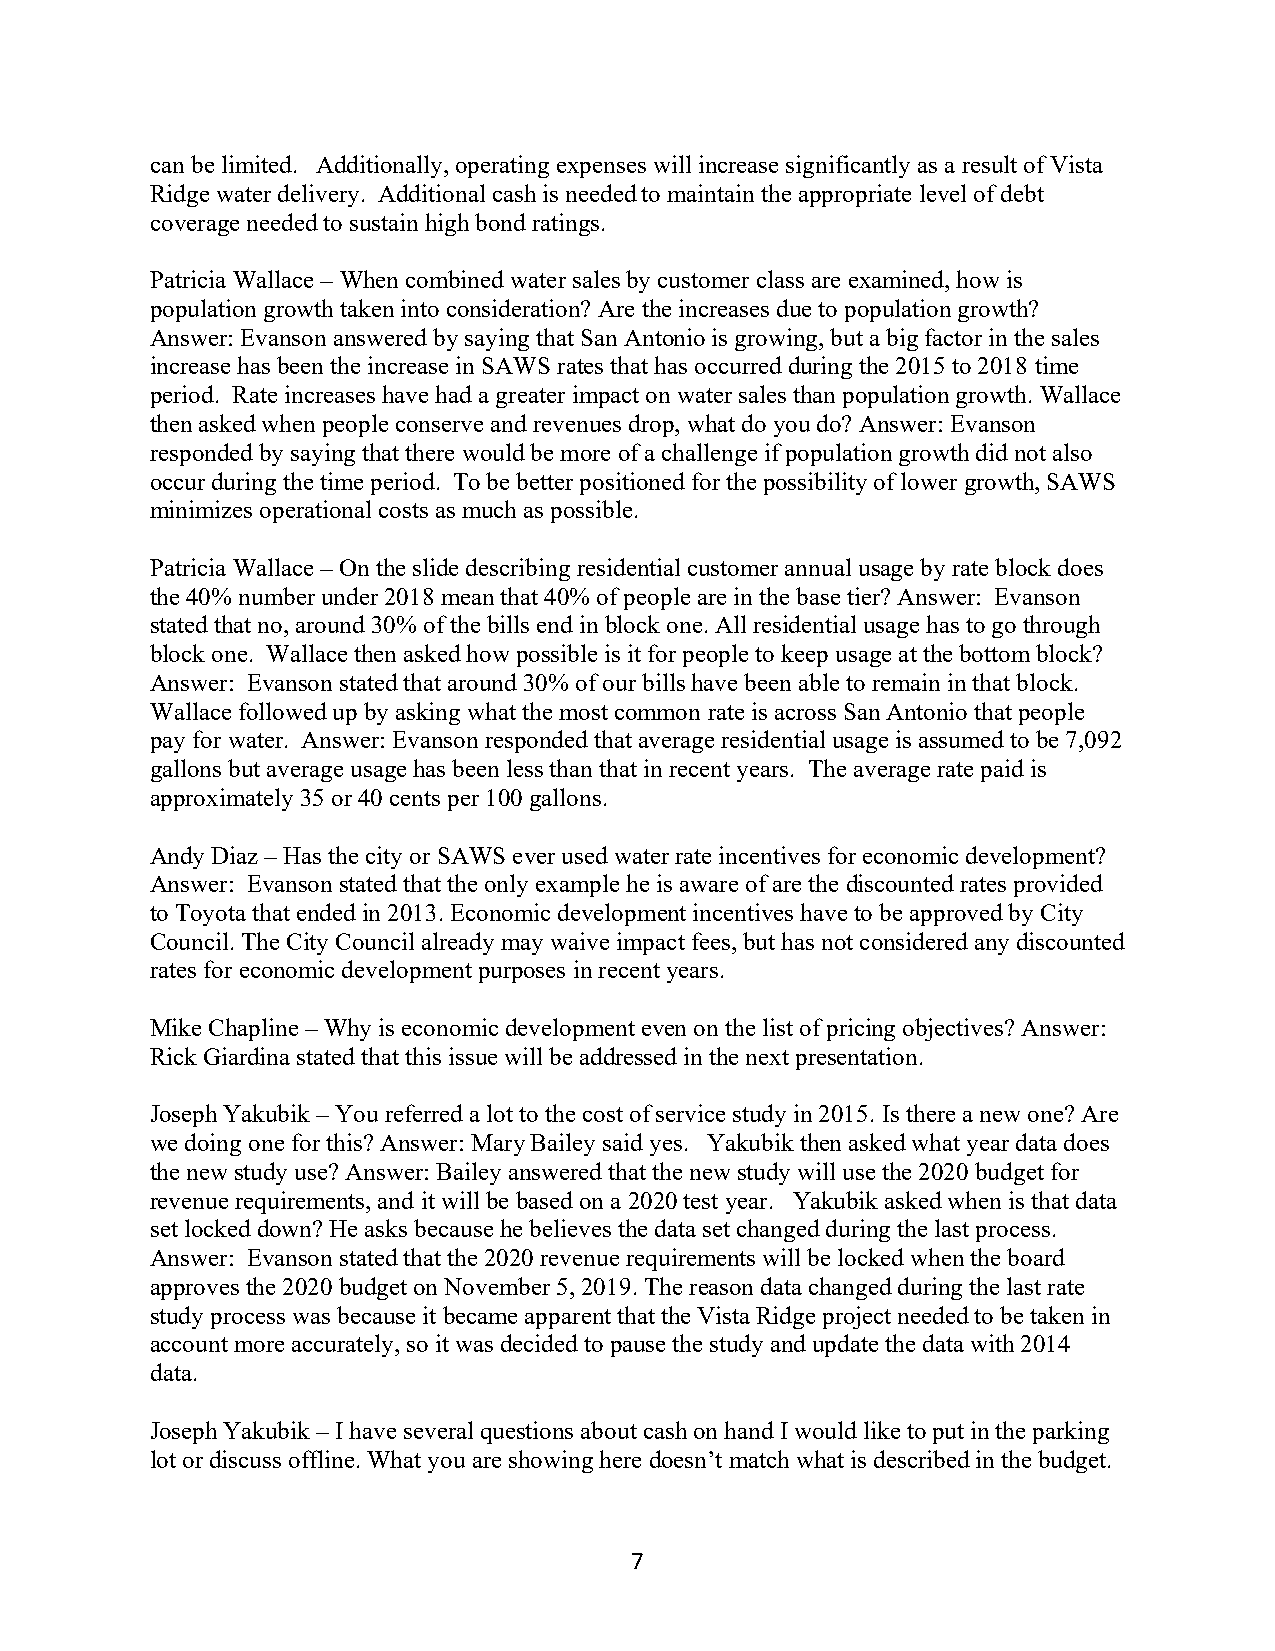
can be limited. Additionally, operating expenses will increase significantly as a result of Vista
 Ridge water delivery. Additional cash is needed to maintain the appropriate level of debt
 coverage needed to sustain high bond ratings.
 Patricia Wallace – When combined water sales by customer class are examined, how is
 population growth taken into consideration? Are the increases due to population growth?
 Answer: Evanson answered by saying that San Antonio is growing, but a big factor in the sales
 increase has been the increase in SAWS rates that has occurred during the 2015 to 2018 time
 period. Rate increases have had a greater impact on water sales than population growth. Wallace
 then asked when people conserve and revenues drop, what do you do? Answer: Evanson
 responded by saying that there would be more of a challenge if population growth did not also
 occur during the time period. To be better positioned for the possibility of lower growth, SAWS
 minimizes operational costs as much as possible.
 Patricia Wallace – On the slide describing residential customer annual usage by rate block does
 the 40% number under 2018 mean that 40% of people are in the base tier? Answer: Evanson
 stated that no, around 30% of the bills end in block one. All residential usage has to go through
 block one. Wallace then asked how possible is it for people to keep usage at the bottom block?
 Answer: Evanson stated that around 30% of our bills have been able to remain in that block.
 Wallace followed up by asking what the most common rate is across San Antonio that people
 pay for water. Answer: Evanson responded that average residential usage is assumed to be 7,092
 gallons but average usage has been less than that in recent years. The average rate paid is
 approximately 35 or 40 cents per 100 gallons.
 Andy Diaz – Has the city or SAWS ever used water rate incentives for economic development?
 Answer: Evanson stated that the only example he is aware of are the discounted rates provided
 to Toyota that ended in 2013. Economic development incentives have to be approved by City
 Council. The City Council already may waive impact fees, but has not considered any discounted
 rates for economic development purposes in recent years.
 Mike Chapline – Why is economic development even on the list of pricing objectives? Answer:
 Rick Giardina stated that this issue will be addressed in the next presentation.
 Joseph Yakubik – You referred a lot to the cost of service study in 2015. Is there a new one? Are
 we doing one for this? Answer: Mary Bailey said yes. Yakubik then asked what year data does
 the new study use? Answer: Bailey answered that the new study will use the 2020 budget for
 revenue requirements, and it will be based on a 2020 test year. Yakubik asked when is that data
 set locked down? He asks because he believes the data set changed during the last process.
 Answer: Evanson stated that the 2020 revenue requirements will be locked when the board
 approves the 2020 budget on November 5, 2019. The reason data changed during the last rate
 study process was because it became apparent that the Vista Ridge project needed to be taken in
 account more accurately, so it was decided to pause the study and update the data with 2014
 data.
 Joseph Yakubik – I have several questions about cash on hand I would like to put in the parking
 lot or discuss offline. What you are showing here doesn’t match what is described in the budget.
 7